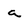
Character: a